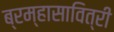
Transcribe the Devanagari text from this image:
ब्रम्हासावित्री